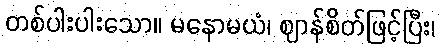
တစ်ပါးပါးသော။ မနောမယံ၊ ဈာန်စိတ်ဖြင့်ပြီး၊